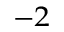
^ { - 2 }